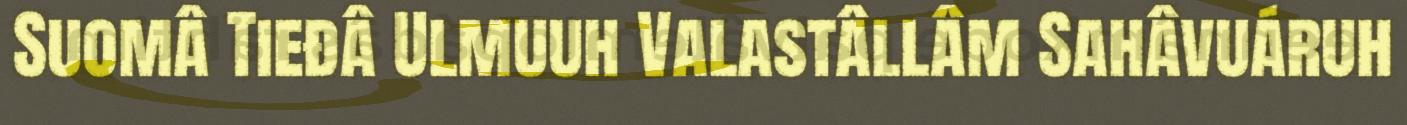
Suomâ Tieđâ Ulmuuh Valastâllâm Sahâvuáruh